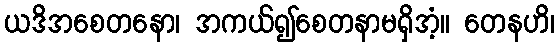
ယဒိအစေတနော၊ အကယ်၍စေတနာမရှိအံ့။ တေနဟိ၊